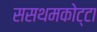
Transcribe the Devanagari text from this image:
ससथमकोट्टा